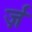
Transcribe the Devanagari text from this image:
र्ज़